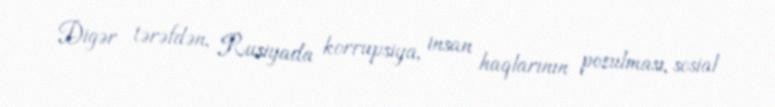
Digər tərəfdən, Rusiyada korrupsiya, insan haqlarının pozulması, sosial